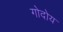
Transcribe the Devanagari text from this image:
गोदोय